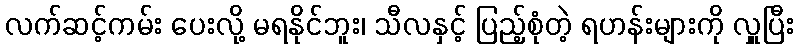
လက်ဆင့်ကမ်း ပေးလို့ မရနိုင်ဘူး၊ သီလနှင့် ပြည့်စုံတဲ့ ရဟန်းများကို လှူပြီး